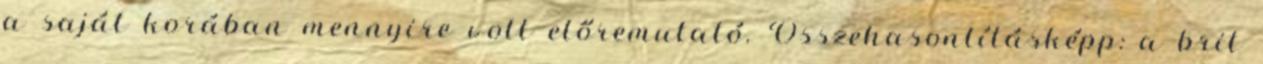
a saját korában mennyire volt előremutató. Összehasonlításképp: a brit